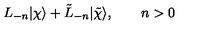
L _ { - n } | \chi \rangle + \tilde { L } _ { - n } | \tilde { \chi } \rangle , \qquad n > 0